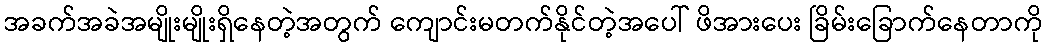
အခက်အခဲအမျိုးမျိုးရှိနေတဲ့အတွက် ကျောင်းမတက်နိုင်တဲ့အပေါ် ဖိအားပေး ခြိမ်းခြောက်နေတာကို